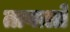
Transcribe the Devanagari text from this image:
तावक़्ते